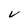
Character: V